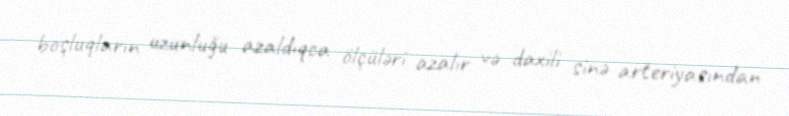
boşluqların uzunluğu azaldıqca ölçüləri azalır və daxili sinə arteriyasından